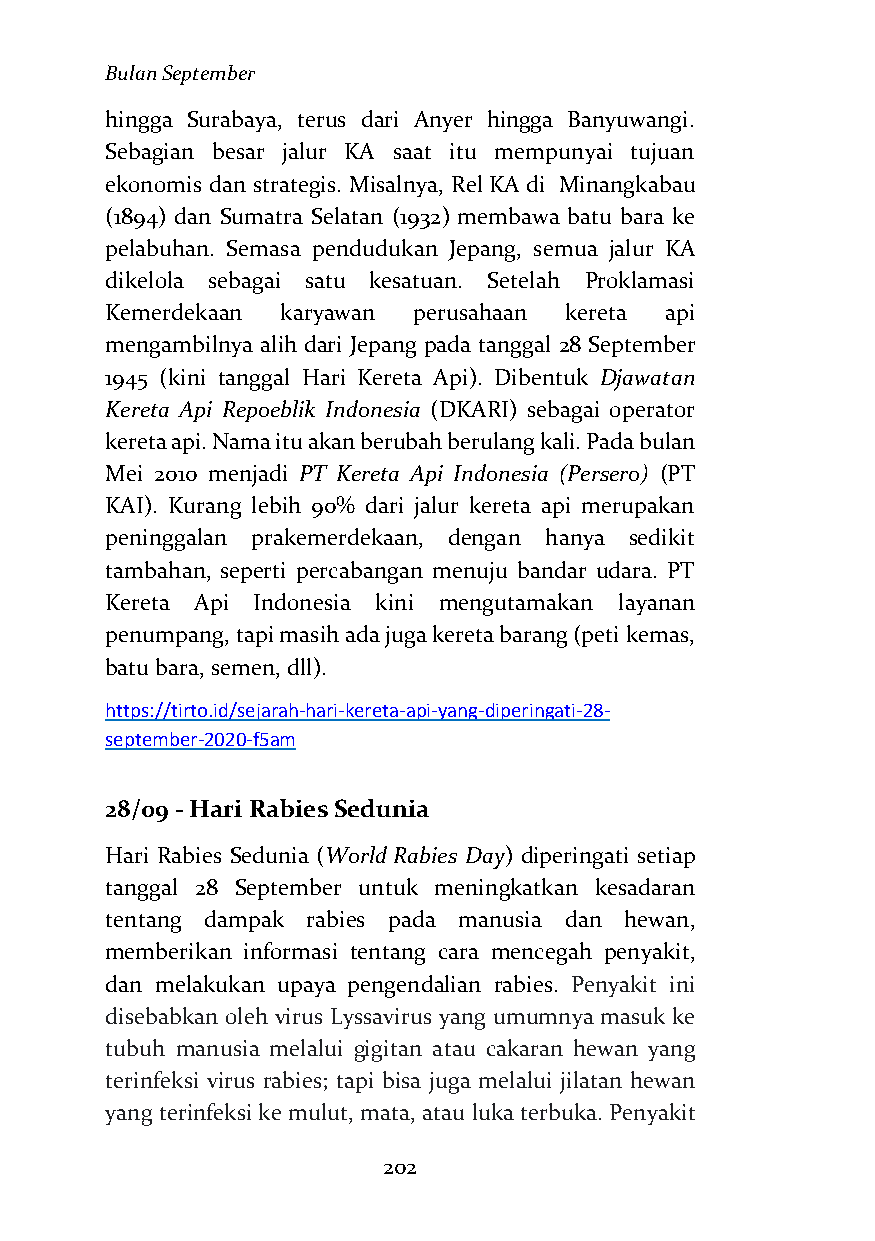
Bulan September
 hingga Surabaya, terus dari Anyer hingga Banyuwangi.
 Sebagian besar jalur KA saat itu mempunyai tujuan
 ekonomis dan strategis. Misalnya, Rel KA di Minangkabau
 (1894) dan Sumatra Selatan (1932) membawa batu bara ke
 pelabuhan. Semasa pendudukan Jepang, semua jalur KA
 dikelola sebagai satu kesatuan. Setelah Proklamasi
 Kemerdekaan karyawan perusahaan kereta api
 mengambilnya alih dari Jepang pada tanggal 28 September
 1945 (kini tanggal Hari Kereta Api). Dibentuk Djawatan
 Kereta Api Repoeblik Indonesia (DKARI) sebagai operator
 kereta api. Nama itu akan berubah berulang kali. Pada bulan
 Mei 2010 menjadi PT Kereta Api Indonesia (Persero) (PT
 KAI). Kurang lebih 90% dari jalur kereta api merupakan
 peninggalan prakemerdekaan, dengan hanya sedikit
 tambahan, seperti percabangan menuju bandar udara. PT
 Kereta Api Indonesia kini mengutamakan layanan
 penumpang, tapi masih ada juga kereta barang (peti kemas,
 batu bara, semen, dll).
 https://tirto.id/sejarah-hari-kereta-api-yang-diperingati-28-
 september-2020-f5am
 28/09 - Hari Rabies Sedunia
 Hari Rabies Sedunia (World Rabies Day) diperingati setiap
 tanggal 28 September untuk meningkatkan kesadaran
 tentang dampak rabies pada manusia dan hewan,
 memberikan informasi tentang cara mencegah penyakit,
 dan melakukan upaya pengendalian rabies. Penyakit ini
 disebabkan oleh virus Lyssavirus yang umumnya masuk ke
 tubuh manusia melalui gigitan atau cakaran hewan yang
 terinfeksi virus rabies; tapi bisa juga melalui jilatan hewan
 yang terinfeksi ke mulut, mata, atau luka terbuka. Penyakit
 202